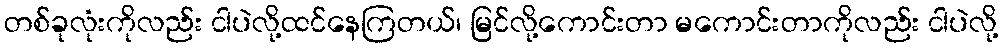
တစ်ခုလုံးကိုလည်း ငါပဲလို့ထင်နေကြတယ်၊ မြင်လို့ကောင်းတာ မကောင်းတာကိုလည်း ငါပဲလို့